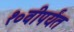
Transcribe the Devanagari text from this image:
१०वीपर्यंत